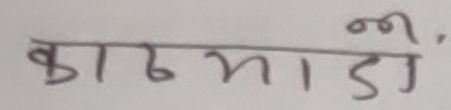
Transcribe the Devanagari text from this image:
काठमाडौँ